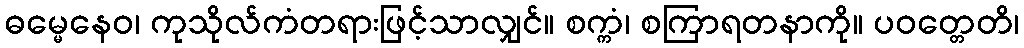
ဓမ္မေနေဝ၊ ကုသိုလ်ကံတရားဖြင့်သာလျှင်။ စက္ကံ၊ စကြာရတနာကို။ ပဝတ္တေတိ၊